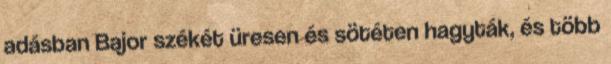
adásban Bajor székét üresen és sötéten hagyták, és több